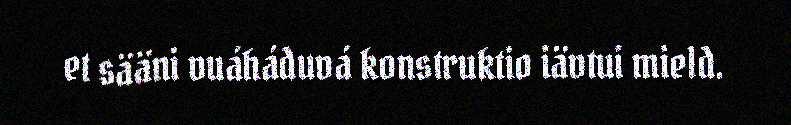
et sääni vuáháduvá konstruktio iävtui mield.